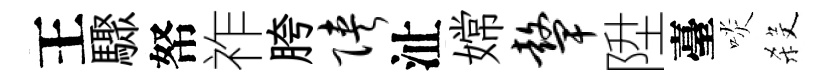
王驟帑祚胯陕沚嫦鼙陞臺啖殺